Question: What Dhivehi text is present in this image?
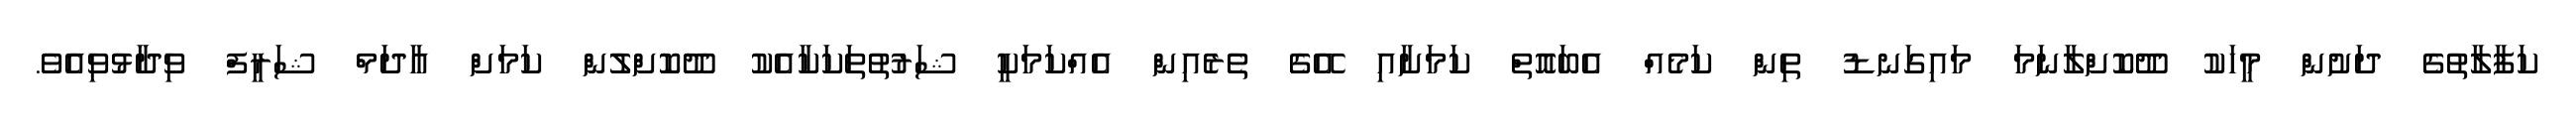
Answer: ކަފާލާތުގެ ދަށުން މީހަކު ދޫކޮށްލާނަމަ މައިގަނޑު ތިން ކަމެއް އެބައޮތް ކަމަށާއި އޭގެ ތެރެއިން އެއްކަމަކީ ޝަރުތުތަކަކާއެކު ދޫކޮށްލުން ކަމަށް އާދަމް ޝަރީފް ވިދާޅުވިއެވެ.